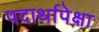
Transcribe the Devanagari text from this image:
पदार्थापेक्षा